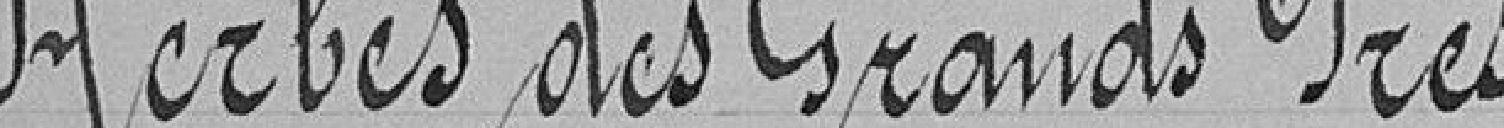
Herbes des Grands Prés